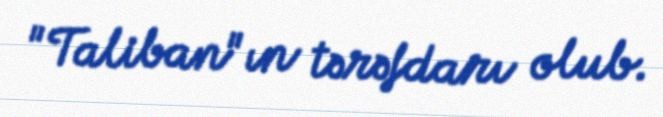
"Taliban"ın tərəfdarı olub.